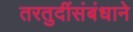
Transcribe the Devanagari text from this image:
तरतुदींसंबंधाने